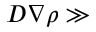
D \nabla \rho \gg